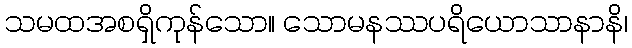
သမထအစရှိကုန်သော။ သောမနဿပရိယောသာနာနိ၊